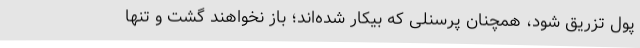
پول تزریق شود، همچنان پرسنلی که بیکار شده‌اند؛ باز نخواهند گشت و تنها